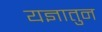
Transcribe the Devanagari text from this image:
यज्ञातुन